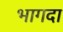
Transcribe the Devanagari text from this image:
भागदा